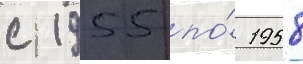
с 1955 по́ 1958